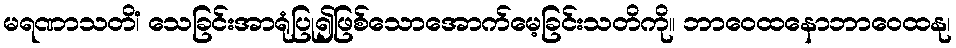
မရဏာသတိံ၊ သေခြင်းအာရုံပြု၍ဖြစ်သောအောက်မေ့ခြင်းသတိကို။ ဘာဝေထနောဘာဝေထနု၊